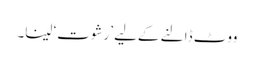
ووٹ ڈالنے کےلیے ’رشوت‘ لینا۔